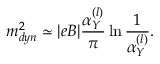
m _ { d y n } ^ { 2 } \simeq | e B | \frac { \alpha _ { Y } ^ { ( l ) } } { \pi } \ln \frac { 1 } { \alpha _ { Y } ^ { ( l ) } } .